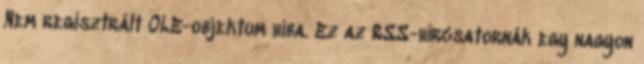
Nem regisztrált OLE-objektum hiba. Ez az RSS-hírcsatornák egy nagyon